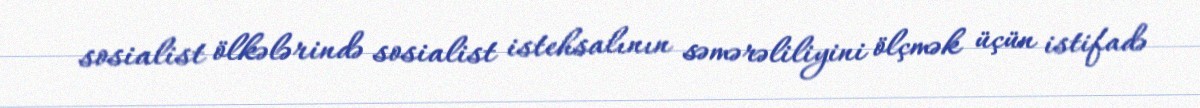
sosialist ölkələrində sosialist istehsalının səmərəliliyini ölçmək üçün istifadə